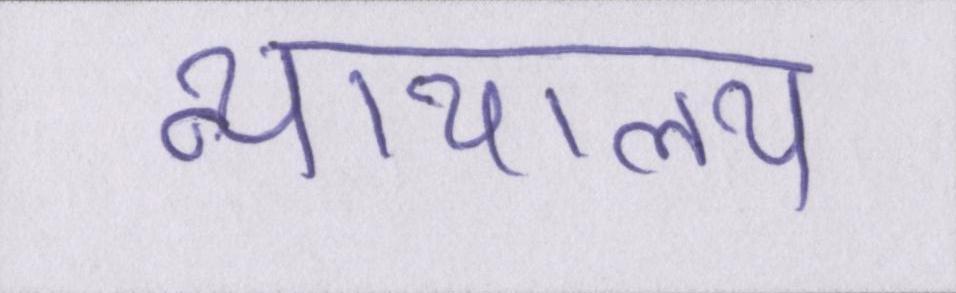
न्यायालय